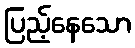
ပြည့်နေသော